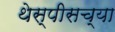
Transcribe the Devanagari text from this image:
थेस्पीसच्या